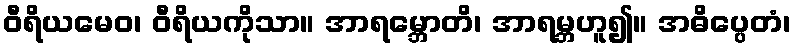
ဝီရိယမေဝ၊ ဝီရိယကိုသာ။ အာရမ္ဘောတိ၊ အာရမ္ဘဟူ၍။ အဓိပ္ပေတံ၊